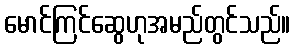
မောင်ကြင်ဆွေဟုအမည်တွင်သည်။